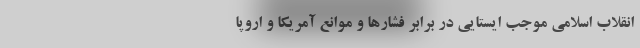
انقلاب اسلامی موجب ایستایی در برابر فشارها و موانع آمریکا و اروپا